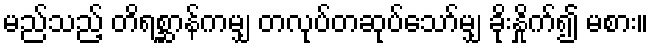
မည်သည့် တိရစ္ဆာန်ကမျှ တလုပ်တဆုပ်သော်မျှ ခိုးနှိုက်၍ မစား။